Lunatic asylums Punjab 1868-1880 - 1868-1880
Year: 1868
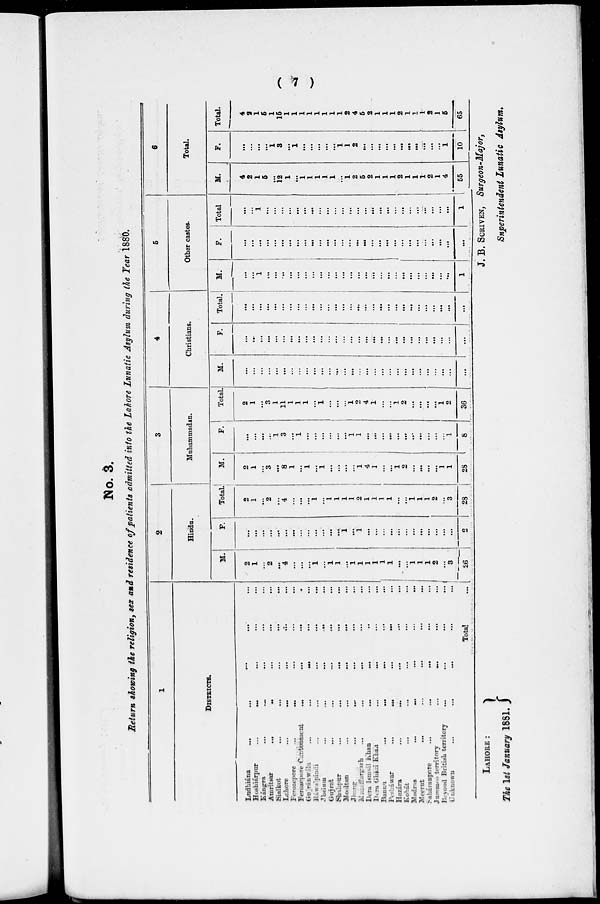
( 7 )
No. 3.
Return showing the religion, sex and residence of patients admitted into the Lahore Lunatic Asylum during the Year 1880.
1
DISTRICTS.
Lodhiána
...
Hoshiárpur ...
Kángra ...
Amritsar
...
Sialkot ...
Lahore
...
Ferozepore ...
Ferozepore Cantonment
Gujránwala ...
Rawalpindi ...
Jhelum ...
Gujrat ...
Shahpur ...
Mooltan ...
Jhang
...
Muzaffargarh ...
Dera Ismail Khan
Dera Gházi Khan
Bannu
...
Pesháwar ...
Hazára ...
Kohát ...
Madras
...
Meerut
...
Saháranpore
...
Jummoo territory
Beyond British territory
Unknown
...
...
...
..
...
...
...
...
...
...
...
...
...
...
...
...
...
...
...
...
...
...
...
...
...
...
...
...
...
...
...
...
...
...
...
...
...
...
...
...
...
...
...
...
...
...
...
...
...
...
...
...
...
...
...
...
...
...
...
...
...
...
...
...
...
...
...
...
...
...
...
...
..
...
...
...
...
...
...
...
...
...
...
...
Total
...
...
...
...
...
...
...
...
...
...
...
...
...
...
...
...
...
...
...
...
...
...
...
...
...
...
...
...
...
2
Hindu.
M.
2
1
...
2
...
4
...
...
...
1
...
1
1
...
1
1
1
1
1
1
...
...
1
1
1
2
...
3
26
F.
...
...
...
...
...
...
...
...
...
...
...
...
...
1
...
1
...
...
...
...
...
...
...
...
...
...
...
...
2
Total.
2
1
...
2
...
4
...
...
...
1
...
1
1
1
1
2
1
1
1
1
...
...
1
1
1
2
...
3
28
3
Muhammadan.
M.
2
1
...
3
...
8
1
...
1
...
1
...
...
...
...
1
4
1
...
...
1
2
...
...
...
...
1
1
28
F.
...
...
...
...
1
3
...
1
...
...
...
...
...
...
1
1
...
...
...
...
...
...
...
...
...
...
...
1
8
Total.
2
1
...
3
1
11
1
1
1
...
1
...
...
...
1
2
4
1
...
...
1
2
...
...
...
...
1
2
36
4
Christians.
M.
...
...
...
...
...
...
...
...
...
...
...
...
...
...
...
...
...
...
...
...
...
...
...
...
...
...
...
...
...
F.
...
...
...
...
...
...
...
...
...
...
...
...
...
...
...
...
...
...
...
...
...
...
...
...
...
...
...
...
...
Total.
...
...
...
...
...
...
...
...
...
...
...
...
...
...
...
...
...
...
...
...
...
...
...
...
...
...
...
...
...
5
Other castes.
M.
...
...
1
...
...
...
...
...
...
...
...
...
...
...
...
...
...
...
...
...
...
...
...
...
...
...
...
...
1
F.
...
...
...
...
...
...
...
...
...
...
...
...
...
...
...
...
...
...
...
...
...
...
...
...
...
...
...
...
...
Total.
...
...
1
...
...
...
...
...
...
...
...
...
...
...
...
...
...
...
...
...
...
...
...
...
...
...
...
...
1
6
Total.
M.
4
2
1
5
...
12
1
...
1
1
1
1
1
...
1
2
5
2
1
1
1
2
1
1
1
2
1
4
55
F.
...
...
...
...
1
3
...
1
...
...
...
...
...
1
1
2
...
...
...
...
...
...
...
...
...
...
...
1
10
Total.
4
2
1
5
1
15
1
1
1
1
1
1
1
1
2
4
5
2
1
1
1
2
1
1
1
2
1
5
65
LAHORE :
The 1st January 1881.
J. B. SCRIVEN, Surgeon-Major,
Superintendent Lunatic Asylum.